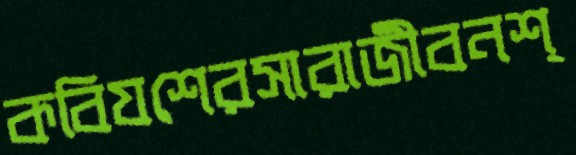
কবিযশেরসারাজীবনশ্